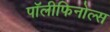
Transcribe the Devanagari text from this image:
पॉलीफिनोल्स